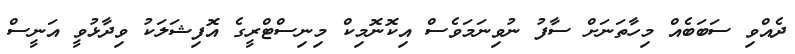
ދެއްވި ސަބަބެއް މިހާތަނަށް ސާފު ނުވިނަމަވެސް އިކޮނޮމިކް މިނިސްޓްރީގެ އޮފިޝަލަކު ވިދާޅުވީ އަނީސް